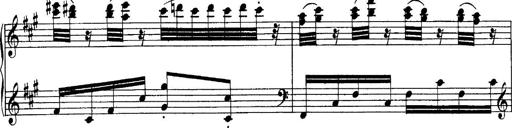
Title: Sonatina No.6
Composer: Ferruccio Busoni